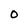
Character: O